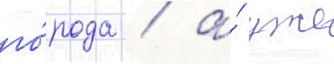
го́рода / а́ уже